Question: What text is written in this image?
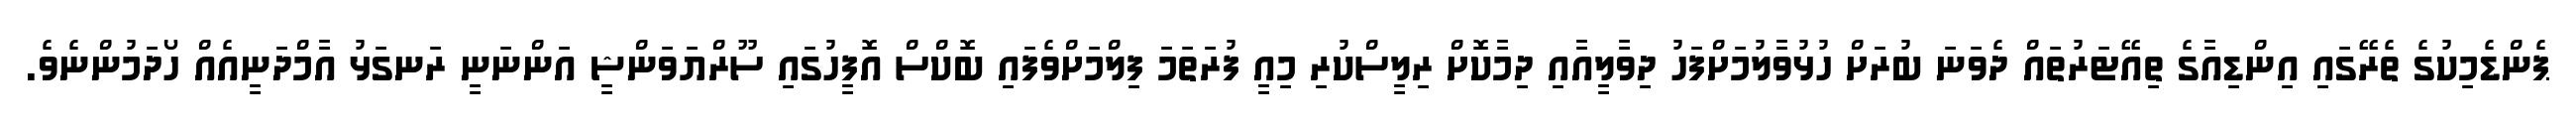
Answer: ޕެންޑެމިކުގެ ތެރޭގައި އިންޑިއާގެ ތިއޭޓަރުތައް ދެވަނަ ބުރަށް ހުޅުވާލުމަށްފަހު ދިވާލީއާއި ދިމާކޮށް ރިލީސްކުރި މިއީ ފުރަތަމަ ފިލްމަށްވެފައި ބޮކްސް އޮފީހުގައި ސޫރްޔަވަންޝީ އަންނަނީ ރަނގަޅު އާމްދަނީއެއް ހޯދަމުންނެވެ.